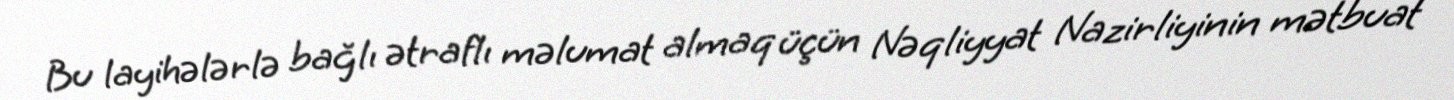
Bu layihələrlə bağlı ətraflı məlumat almaq üçün Nəqliyyat Nazirliyinin mətbuat